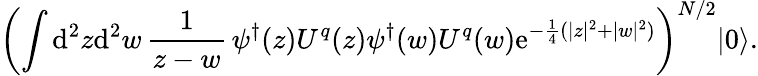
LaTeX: \left(\int\mathrm{d}^{2}z\mathrm{d}^{2}w\, {\frac{{1}}{{z-w}}}\, \psi^{\dagger}(z)U^{q}(z)\psi^{\dagger}(w)U^{q}(w)\mathrm{{e}}^{-{\frac{{1}}{{4}}}(|z|^{2}+|w|^{2})}\right)^{N/2}|0\rangle.